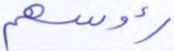
رءوسهم